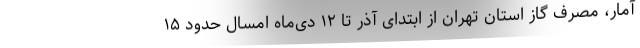
آمار، مصرف گاز استان تهران از ابتدای آذر تا ۱۲ دی‌ماه امسال حدود ۱۵